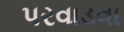
પરવાડવા